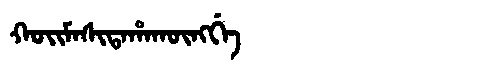
Manchu: ᡴᠣᡳᠮᠠᠰᡳᡨᠠᡥᠠᡴᡡᠩᡤᡝ
Romanization: KOIMASITAHAKŪNGGE